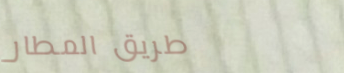
طريق المطار